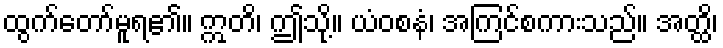
ထွက်တော်မူရ၏။ ဣတိ၊ ဤသို့။ ယံဝစနံ၊ အကြင်စကားသည်။ အတ္ထိ၊